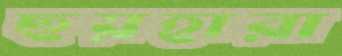
ছয়হারা